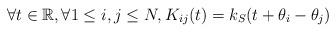
LaTeX: \begin{align*}\forall t\in\mathbb{R},\forall1\leq i,j\leq N, K_{ij}(t)=k_S(t+\theta _i -\theta_j)\end{align*}